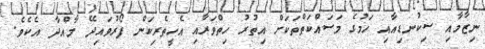
ނިޒާމާއި ސިކުނޑިއާއި ހަމުގެ މަސައްކަތްތަކަށް އިތުރު ހިތްވަރާއި އެހީތެރިކަން ފޯރުވައިދޭ މާއްދާ އެކެވެ.